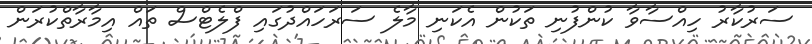
ސަރުކާރު ހިއްސާވާ ކުންފުނި ތަކުން އެކަނި މާލެ ސަރަހައްދުގައި ފްލެޓްސް ތައް އިމާރާތްކުރަން